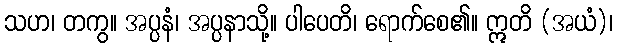
သဟ၊ တကွ။ အပ္ပနံ၊ အပ္ပနာသို့။ ပါပေတိ၊ ရောက်စေ၏။ ဣတိ (အယံ)၊